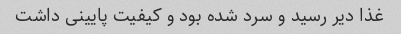
غذا دیر رسید و سرد شده بود و کیفیت پایینی داشت